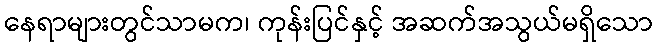
နေရာများတွင်သာမက၊ ကုန်းပြင်နှင့် အဆက်အသွယ်မရှိသော